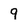
Character: 9